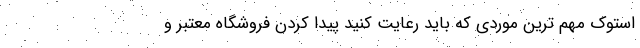
استوک مهم ترین موردی که باید رعایت کنید پیدا کردن فروشگاه معتبر و